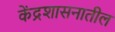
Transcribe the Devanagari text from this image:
केंद्रशासनातील